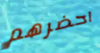
احضرهم